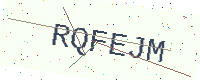
Text: RQFEJM